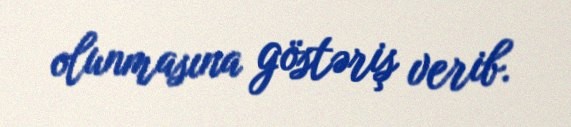
olunmasına göstəriş verib.